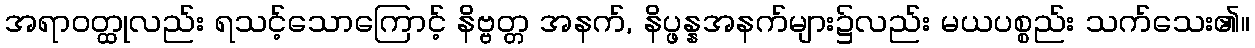
အရာဝတ္ထုလည်း ရသင့်သောကြောင့် နိဗ္ဗတ္တ အနက်, နိပ္ဖန္နအနက်များ၌လည်း မယပစ္စည်း သက်သေး၏။